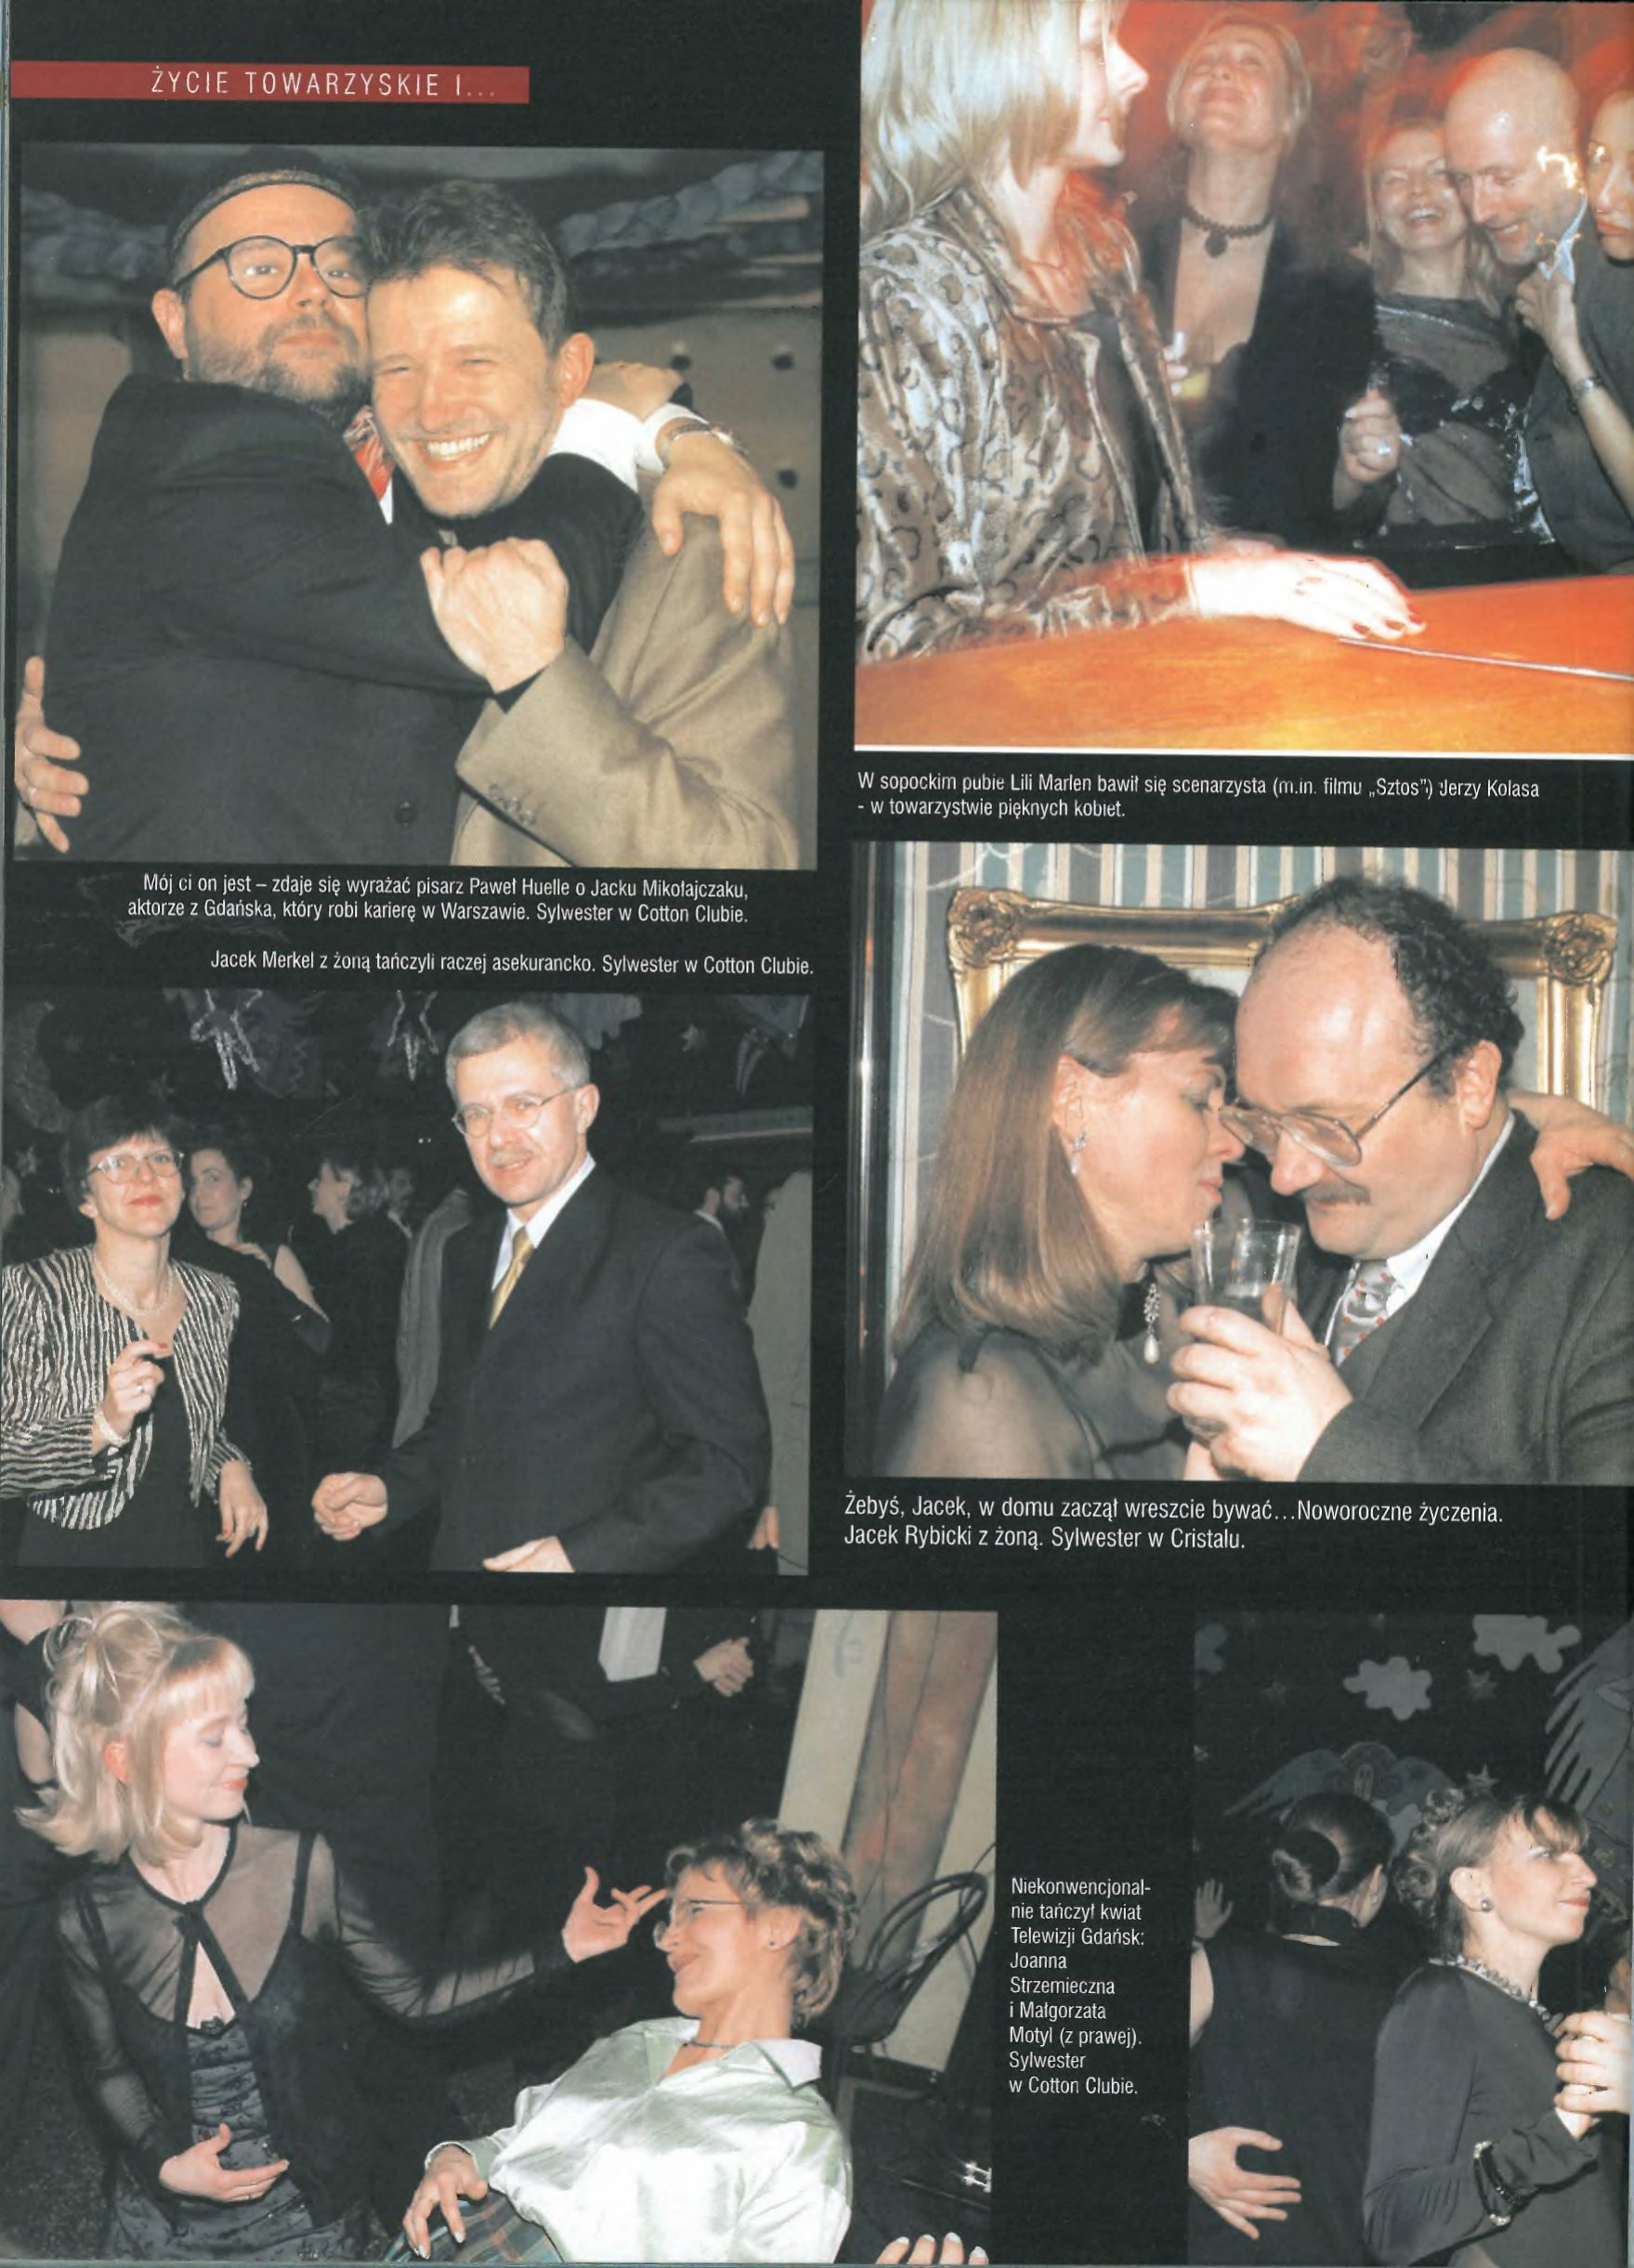
Language: pl